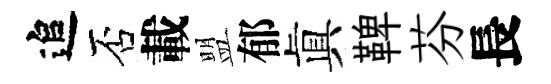
追否載盟郁眞鞞芬長